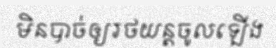
មិនបាច់ឲ្យរថយន្តចូលឡើង